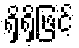
ရှိရှိဖြင့်